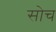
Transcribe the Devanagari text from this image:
सोच